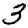
Digit: 3